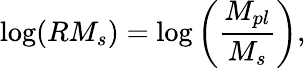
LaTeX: \mathrm{log}(RM_{s})=\mathrm{log}\left(\frac{M_{pl}}{M_{s}}\right),